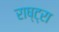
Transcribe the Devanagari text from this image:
राष्ट्रा